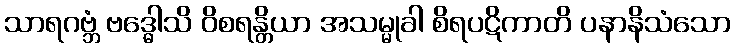
သာရဂဗ္ဘံ ဗဒ္ဓေါသိ ဝိစရန္တိယာ အသမ္မုခါ စိရပဋိကာတိ ပနာနိသံသော